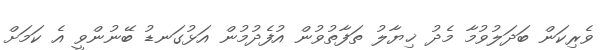
ވެރިކަން ބަދަލުވުމާ މެދު ޚިޔާލު ތަފާތުވުން އުފެދުމުން އަޅުގަނޑު ބޭނުންވީ އެ ކަމަށް